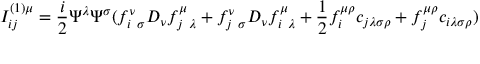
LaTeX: I _ { i j } ^ { ( 1 ) \mu } = { \frac { i } { 2 } } \Psi ^ { \lambda } \Psi ^ { \sigma } ( f _ { i ~ \sigma } ^ { \nu } D _ { \nu } f _ { j ~ \lambda } ^ { \mu } + f _ { j ~ \sigma } ^ { \nu } D _ { \nu } f _ { i ~ \lambda } ^ { \mu } + { \frac { 1 } { 2 } } f _ { i } ^ { \mu \rho } c _ { j \lambda \sigma \rho } + f _ { j } ^ { \mu \rho } c _ { i \lambda \sigma \rho } )